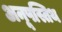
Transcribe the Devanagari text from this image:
अनूपस्तिथ